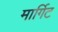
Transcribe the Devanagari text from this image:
मार्गिट